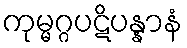
ကုမ္မဂ္ဂပဋိပန္နာနံ